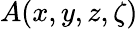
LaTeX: A(x,y,z,\zeta)